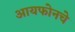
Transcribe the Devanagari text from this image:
आयफोनचे